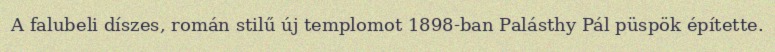
A falubeli díszes, román stilű új templomot 1898-ban Palásthy Pál püspök építette.